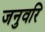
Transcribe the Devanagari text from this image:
जनुवरि